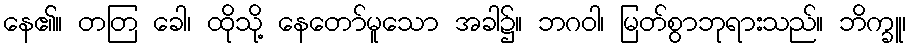
နေ၏။ တတြ ခေါ၊ ထိုသို့ နေတော်မူသော အခါ၌။ ဘဂဝါ၊ မြတ်စွာဘုရားသည်။ ဘိက္ခူ၊